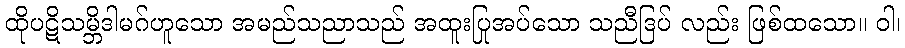
ထိုပဋိသမ္ဘိဒါမဂ်ဟူသော အမည်သညာသည် အထူးပြုအပ်သော သညီဒြပ် လည်း ဖြစ်ထသော။ ဝါ၊